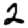
Digit: 2